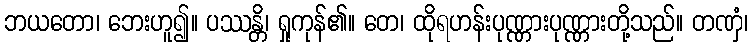
ဘယတော၊ ဘေးဟူ၍။ ပဿန္တိ၊ ရှုကုန်၏။ တေ၊ ထိုရဟန်းပုဏ္ဏားပုဏ္ဏားတို့သည်။ တဏှံ၊